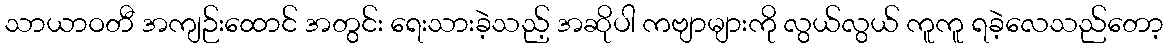
သာယာဝတီ အကျဉ်းထောင် အတွင်း ရေးသားခဲ့သည့် အဆိုပါ ကဗျာများကို လွယ်လွယ် ကူကူ ရခဲ့လေသည်တော့